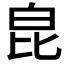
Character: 𤽏